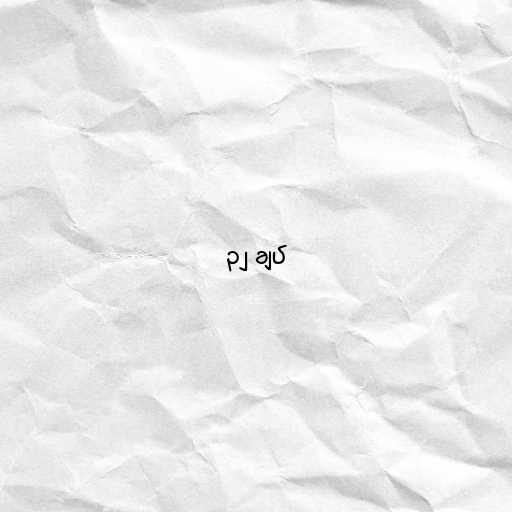
၃၂ ချပ်